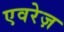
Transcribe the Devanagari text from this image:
एवरेज़